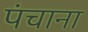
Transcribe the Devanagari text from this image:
पंचाना